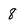
Character: 8